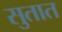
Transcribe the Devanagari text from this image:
सुतात